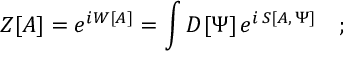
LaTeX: Z [ A ] = e ^ { i W [ A ] } = \int D [ \Psi ] \, e ^ { i \, S [ A , \, \Psi ] } \quad ;